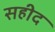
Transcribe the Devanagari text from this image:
सहीद